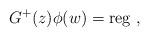
LaTeX: \begin{align*}G^+(z) \phi(w) ={\rm reg} ~,\end{align*}